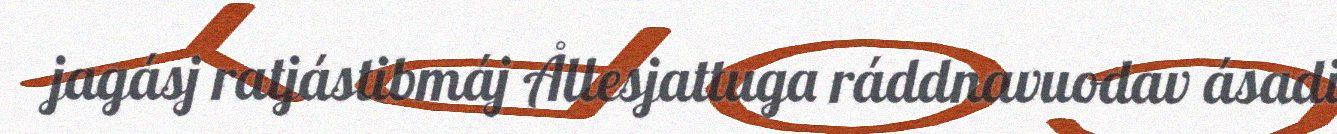
jagásj ratjástibmáj Ållesjattuga ráddnavuodav ásadi